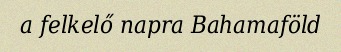
a felkelő napra Bahamaföld